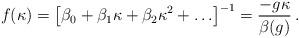
LaTeX: \begin{align*}f(\kappa) = \left[ \beta_{0} + \beta_{1} \kappa + \beta_{2} \kappa^{2} +\ldots \right]^{-1} = \frac{- g \kappa}{\beta (g)}\, .\end{align*}